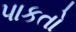
પાકતો